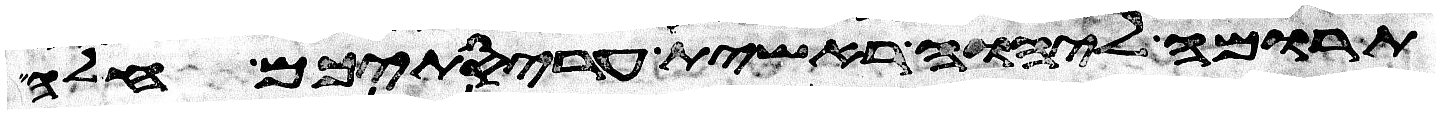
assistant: תרומה ליהוה ראשית עריסתיכם חלה